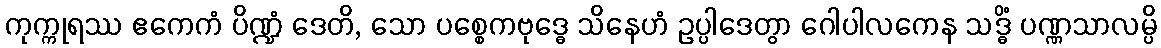
ကုက္ကုရဿ ဧကေကံ ပိဏ္ဍံ ဒေတိ, သော ပစ္စေကဗုဒ္ဓေ သိနေဟံ ဥပ္ပါဒေတွာ ဂေါပါလကေန သဒ္ဓိံ ပဏ္ဏသာလမ္ပိ